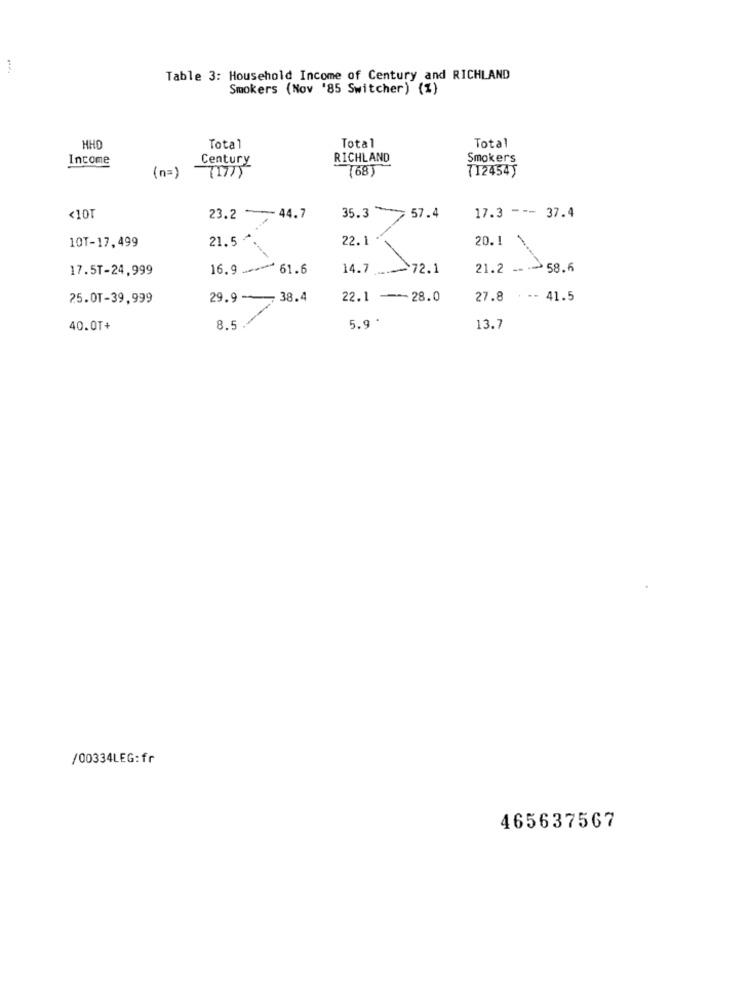
Table 3: Household Income of Century and RICHLAND
Smokers (Nov '85 Switcher) (%)
Total
Total
MHD
Total
Income
Century
RICHLAND
Smokers
(68)
7124545
(n=)
(17))
<10T
23.2 -- 44.7
35.3
57.4
17.3 --- 37.4
21.5+
22.1
20.1
10T-17,499
17.5T-24,999
16.9
61.6
14.7- 72.1
21.2 --- 58.6
25.0T-39,999
29.9 -
38.4
22.1
-28.0
27.8
. -- 41.5
8.5.
40.0T+
5.9 .
13.7
/00334LEG:fr
465637567